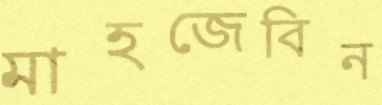
মাহজেবিন